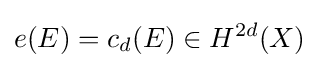
e(E)=c_{d}(E)\in H^{2d}(X)